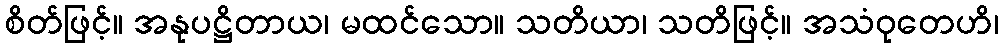
စိတ်ဖြင့်။ အနုပဋ္ဌိတာယ၊ မထင်သော။ သတိယာ၊ သတိဖြင့်။ အသံဝုတေဟိ၊